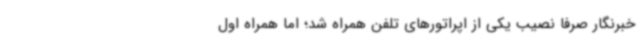
خبرنگار صرفاً نصیب یکی از اپراتورهای تلفن همراه شد؛ اما همراه اول